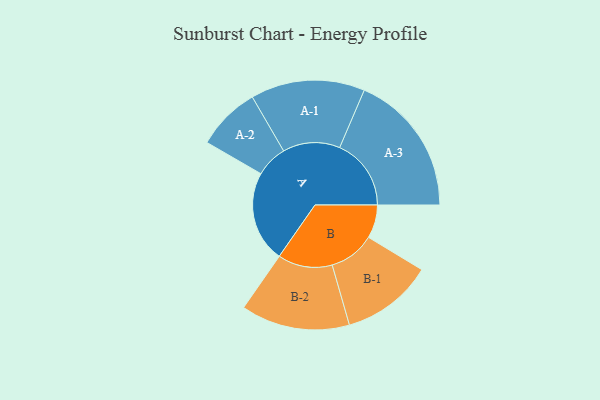
{"axis": {"x": "Segment", "y": "Value"}, "legend": ["", "A", "B"], "data": [{"x": "A", "y": 380, "type": ""}, {"x": "B", "y": 139, "type": ""}, {"x": "A-1", "y": 238, "type": "A"}, {"x": "A-2", "y": 133, "type": "A"}, {"x": "A-3", "y": 298, "type": "A"}, {"x": "B-1", "y": 191, "type": "B"}, {"x": "B-2", "y": 227, "type": "B"}]}